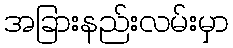
အခြားနည်းလမ်းမှာ